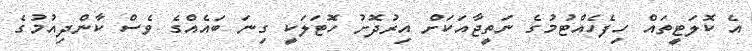
އެ ކޮލަޓީތައް ހިފެހެއްޓުމުގެ ނަތީޖާއަކަށް އިރުދޮށު ހޮޓަލަކީ ގިނަ ބައެއްގެ ވެސް ކާންދިއުމުގެ